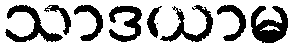
သာဒယာမ